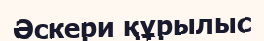
Әскери құрылыс